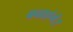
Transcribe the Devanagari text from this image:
बनाएंगें।